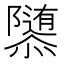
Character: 𱁀